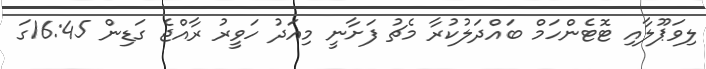
ލިވަޕޫލާއި ޓޮޓެންހަމް ބައްދަލުކުރާ މެޗު ފަށާނީ މިއަދު ހަވީރު ރާއްޖެ ގަޑިން 16:45ގަ